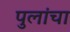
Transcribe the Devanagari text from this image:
पुलांचा